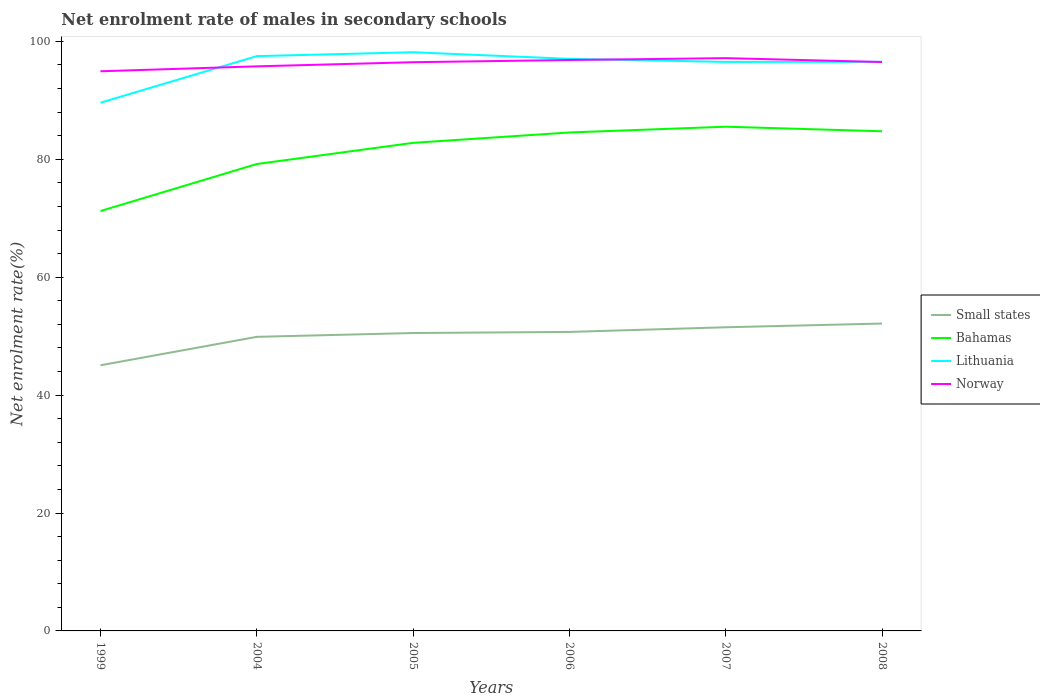
| Years | Small states | Bahamas | Lithuania | Norway |
 | --- | --- | --- | --- | --- |
 | 1999 | 45.1 | 71.2 | 89.6 | 94.9 |
 | 2004 | 49.9 | 79.2 | 97.5 | 95.8 |
 | 2005 | 50.5 | 82.8 | 98.2 | 96.5 |
 | 2006 | 50.7 | 84.5 | 97 | 96.8 |
 | 2007 | 51.5 | 85.5 | 96.5 | 97.2 |
 | 2008 | 52.1 | 84.7 | 96.5 | 96.5 |